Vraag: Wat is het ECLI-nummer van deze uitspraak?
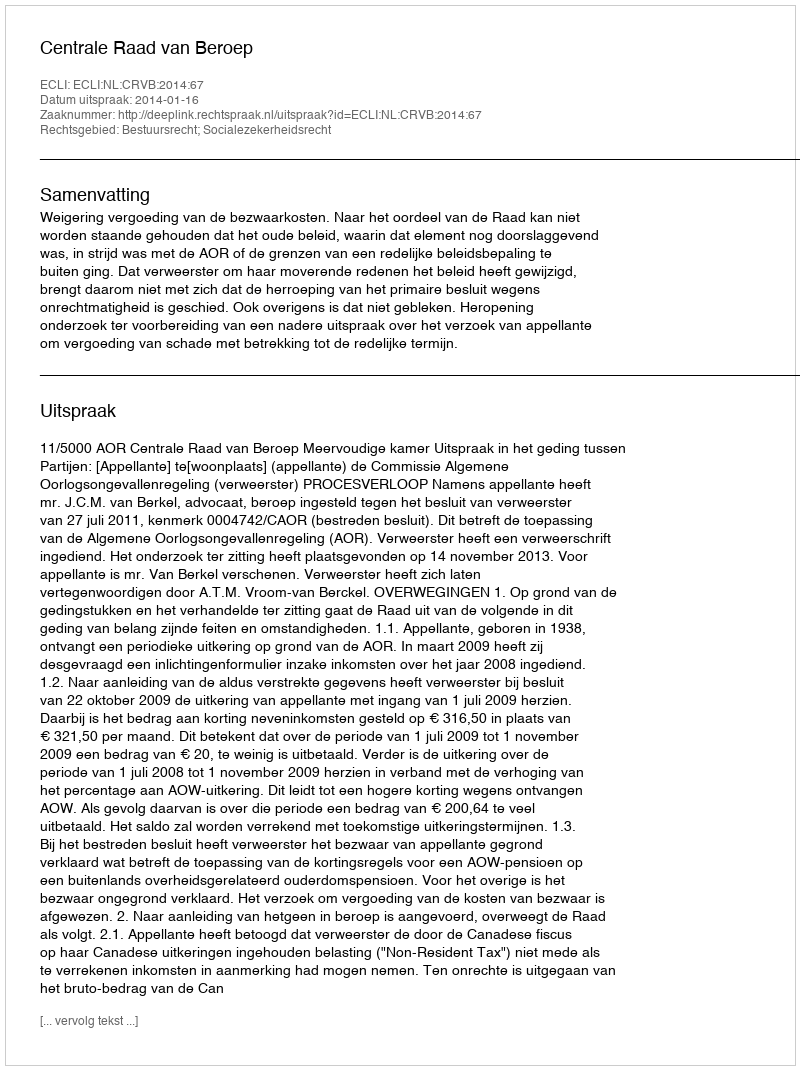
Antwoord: ECLI:NL:CRVB:2014:67